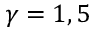
\gamma = 1 , 5